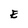
Character: E